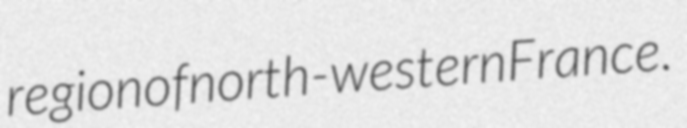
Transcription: region of north-western France.